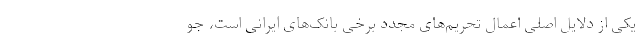
یکی از دلایل اصلی اعمال تحریم‌های مجدد برخی بانک‌های ایرانی است، جو